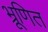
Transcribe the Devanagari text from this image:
भ्रूणित